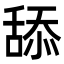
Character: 舔